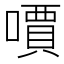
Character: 𠿪